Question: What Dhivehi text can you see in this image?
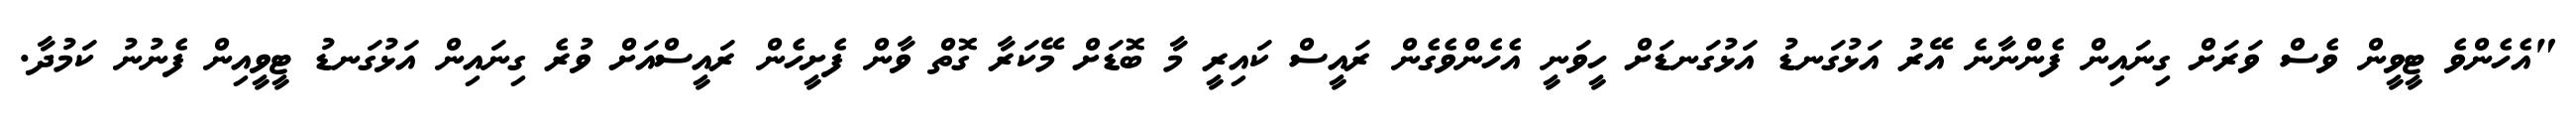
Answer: "އެހެންވެ ޓީވީން ވެސް ވަރަށް ގިނައިން ފެންނާނެ އޭރު އަޅުގަނޑު އަޅުގަނޑަށް ހީވަނީ އެހެންވެގެން ރައީސް ކައިރީ މާ ބޮޑަށް މޭކަރާ ގޮތް ވާން ފެށީހެން ރައީސްއަށް ވުރެ ގިނައިން އަޅުގަނޑު ޓީވީއިން ފެނުނު ކަމުދާ.